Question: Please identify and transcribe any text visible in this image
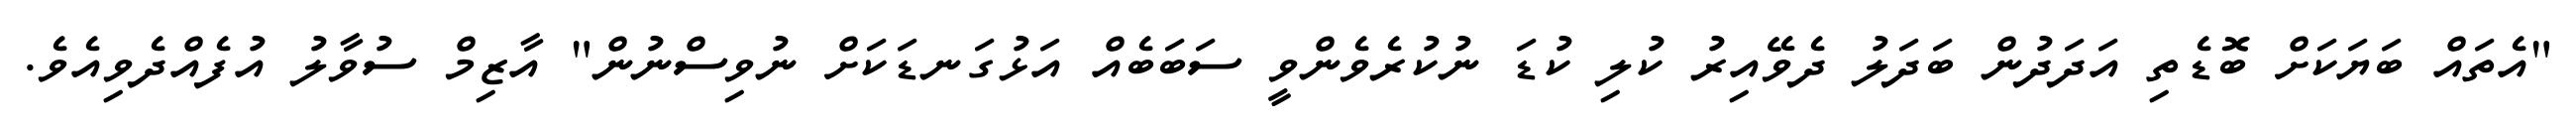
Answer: "އެތައް ބަޔަކަށް ބޮޑެތި އަދަދުން ބަދަލު ދެވޭއިރު ކުލި ކުޑަ ނުކުރެވެންވީ ސަބަބެއް އަޅުގަނޑަކަށް ނުވިސްނުން" އާޒިމް ސުވާލު އުފެއްދެވިއެވެ.